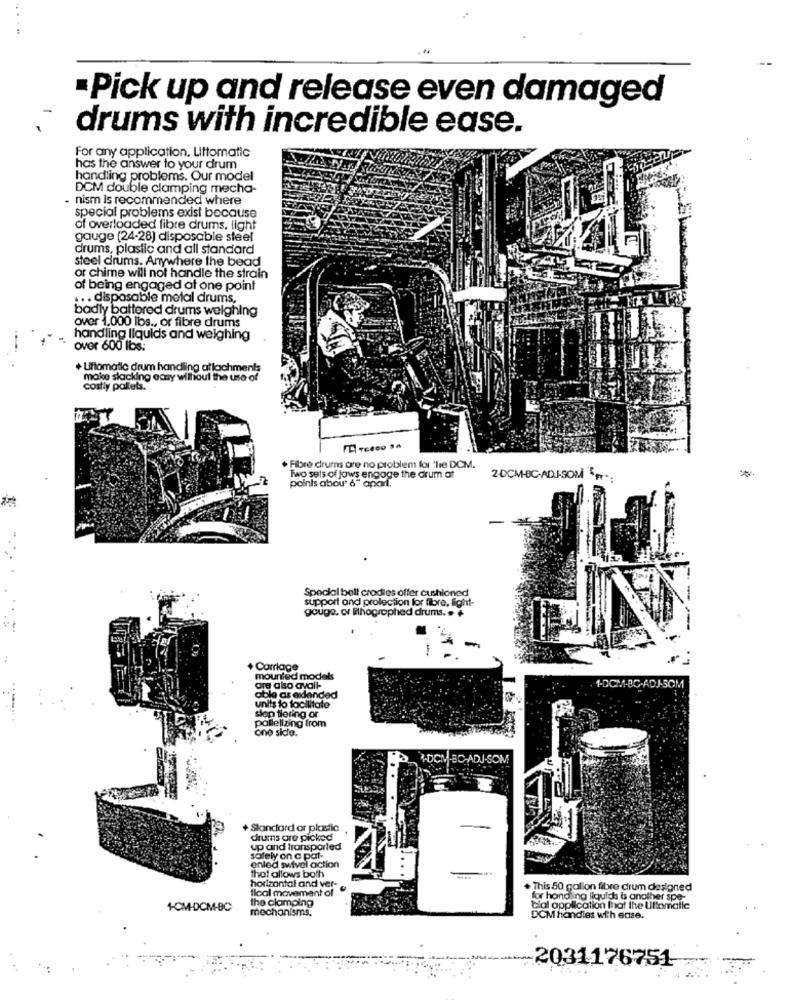
·Pick up and release even damaged
drums with incredible ease.
For any application. Littomatic
has the answer to your drum
handling problems. Our model
DCM double clamping mecha-
- nism is recommended where
special problems exist because
of overloaded fibre drums, light
gauge (24-28) disposable steel
drums, plastic and all standard
steel drums. Anywhere the bead
or chime will not handle the strain
of being engaged at one point
. .. disposable metal drums,
badly battered drums weighing
over 1,000 lbs ., or fibre drums
handling liquids and weighing
over 600 lbs:
+ Uiftomatic drum handling attachments
make slacking easy without the use of
costiy polleta.
+ Fibre drums are no problem for 'lie DCM.
Two sets of jaws engoge the drum at
points abou' 6" apart.
2-DCM-BC-ADJ-SOM -;
Special bell crodies offer cushioned
support and protection for fibre, light-
gouge. cr lithographed drums. .
+ Carriage
mounted models
1-DCM-BC.ADJ-SOM
are also avail-
able as exlanded
units to facilitate
slop flering or
pallelizing from
ono sicle.
2-DCM-80-ADJ-SOM
+ Standard or plastic
drums are picked
up and transported
solely on a pat-
enled swivel action
that allows both
horizontal and ver-
Ilcal movement of
.
+ This 50 gallon fibre drum designed
the clamping
for hond ing liquids bs another spe-
1-CM-DCM-BC
mechanisms.
Cial application that the Uiltomatic
DCM handies with ease.
---
2031176751